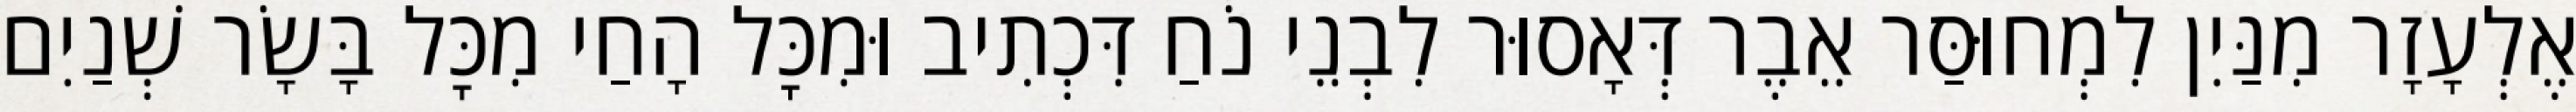
אֶלְעָזָר מִנַּיִן לִמְחוּסַּר אֵבֶר דְּאָסוּר לִבְנֵי נֹחַ דִּכְתִיב וּמִכׇּל הָחַי מִכׇּל בָּשָׂר שְׁנַיִם